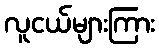
လူငယ်များကြား